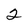
Character: 2